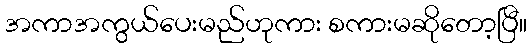
အကာအကွယ်ပေးမည်ဟုကား စကားမဆိုတော့ပြီ။